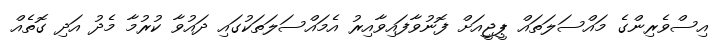
އިސްވެރިންގެ މައްސަލަތައް ޕީޖީއަށް ފޮނުވާފައިވާއިރު އެމައްސަލަތަކުގައި ދައުވާ ކުރުމާ މެދު އަދި ގޮތެއް